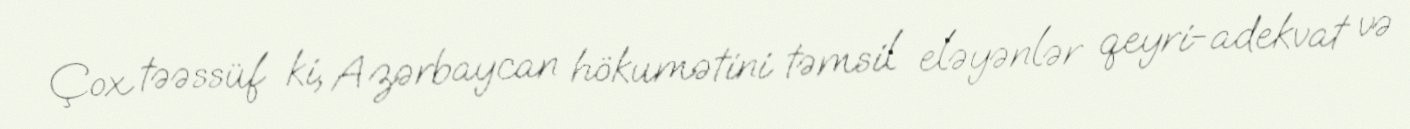
Çox təəssüf ki, Azərbaycan hökumətini təmsil eləyənlər qeyri-adekvat və